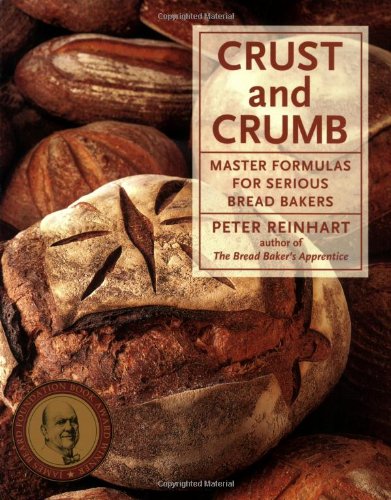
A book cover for Crust and Crumb: Master Formulas for Serious Bread Bakers; Peter Reinhart; Reference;